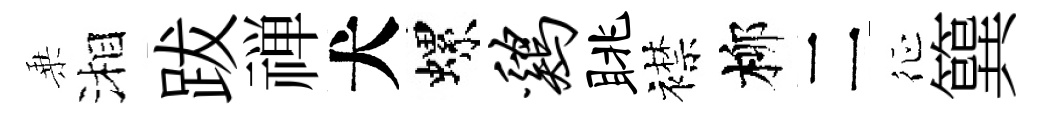
乗湘跋禅犬螺鸡眺襟柳二征簨